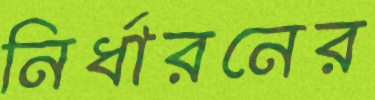
নির্ধারনের